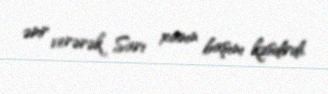
əmr verərək Sarı xanın başını kəsdirdi.